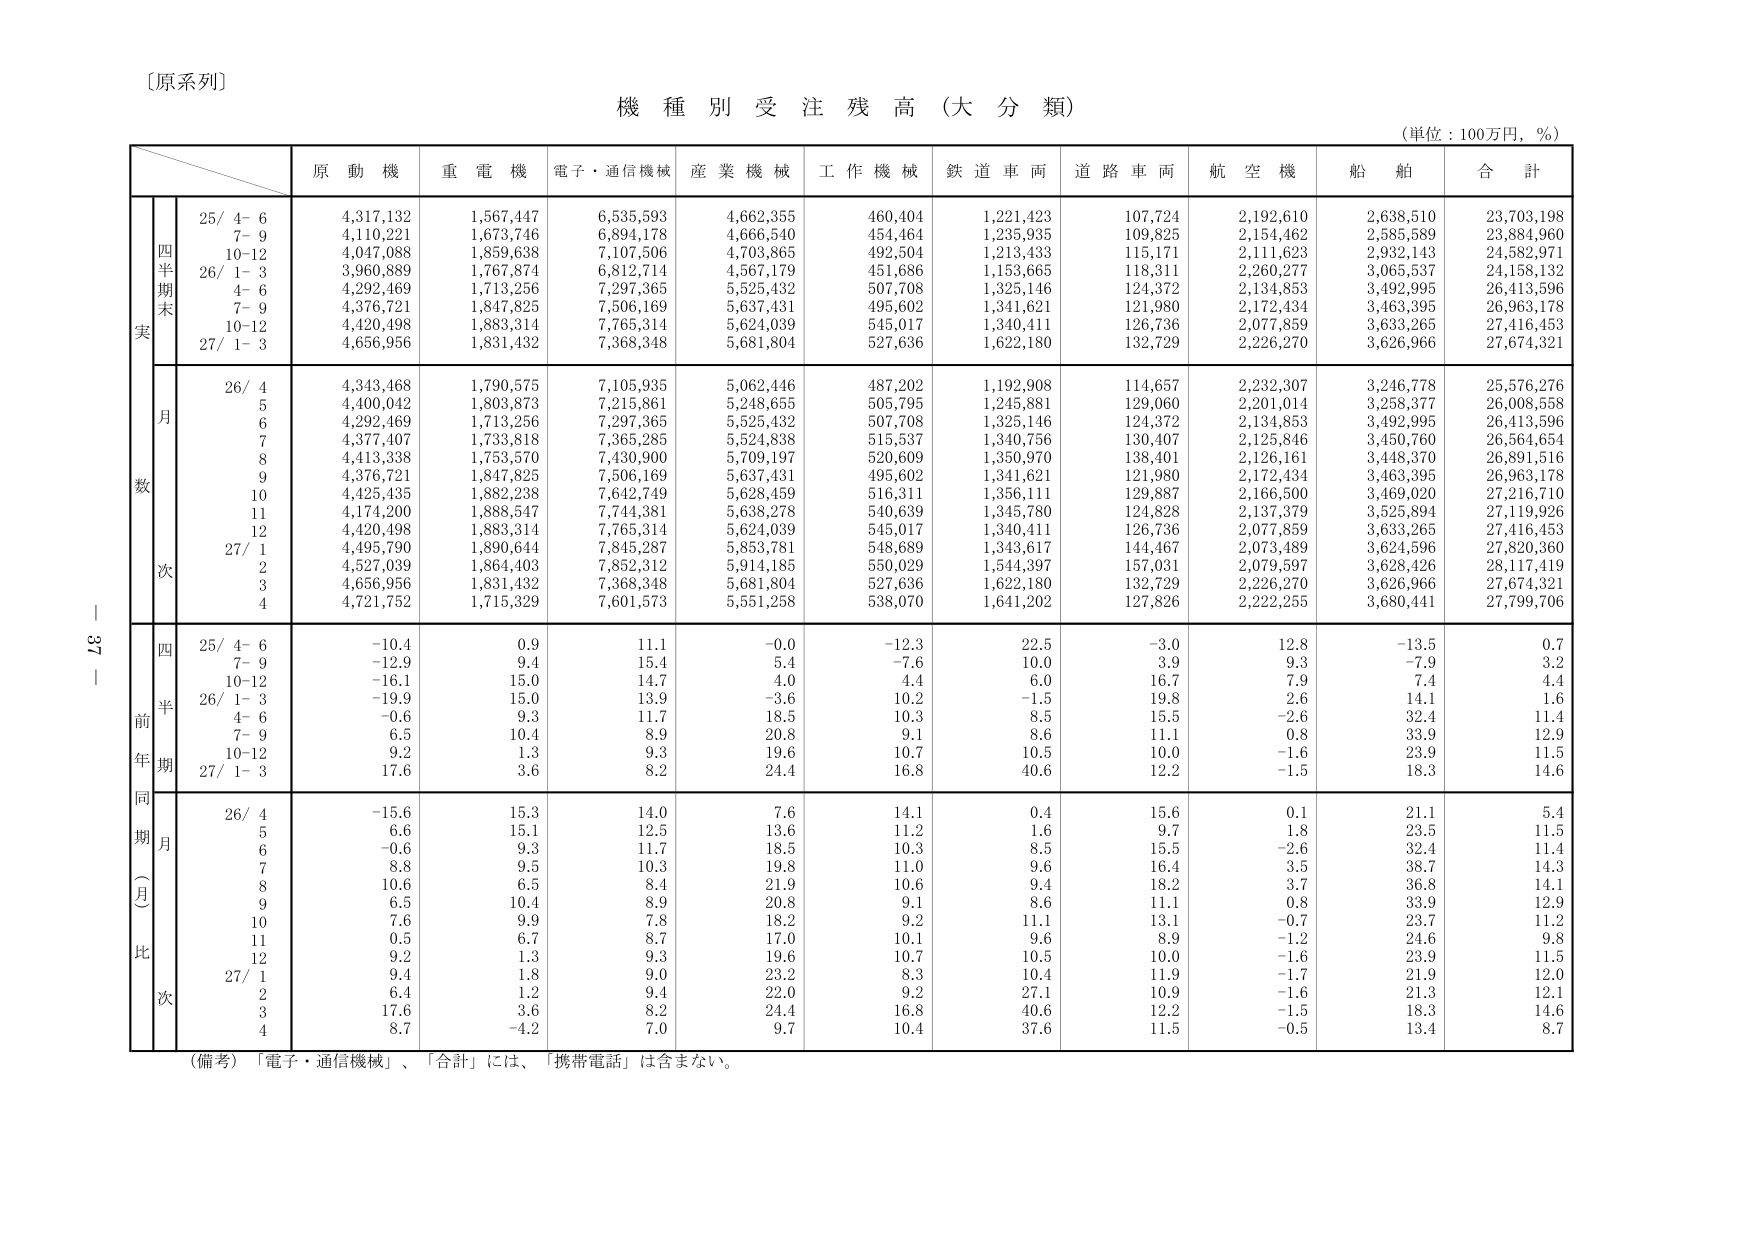
〔原系列〕

機種別受注残高（大分類）

（単位：100万円，％）

　　　　　　　　　原動機　　重電機　　電子・通信機械　　産業機械　　工作機械　　鉄道車両　　道路車両　　航空機　　船舶　　合計

　　　　　　　　　　25/ 4- 6　　4,317,132　　1,567,447　　6,535,593　　4,662,355　　460,404　　1,221,423　　107,724　　2,192,610　　2,638,510　　23,703,198
　　　　　　　　　　7- 9　　　　4,110,221　　1,673,746　　6,894,178　　4,666,540　　454,464　　1,235,935　　109,825　　2,154,462　　2,585,589　　23,884,960
　　　　　　　　　　10-12　　　4,047,088　　1,859,638　　7,107,506　　4,703,865　　492,504　　1,213,433　　115,171　　2,111,623　　2,932,143　　24,582,971
　　　　　　　　　　26/ 1- 3　　3,960,889　　1,767,874　　6,812,714　　4,567,179　　451,686　　1,153,665　　118,311　　2,260,277　　3,065,537　　24,158,132
　　　　　　　　　　4- 6　　　　4,292,469　　1,713,256　　7,297,365　　5,525,432　　507,708　　1,325,146　　124,372　　2,134,853　　3,492,995　　26,413,596
　　　　　　　　　　7- 9　　　　4,376,721　　1,847,825　　7,506,169　　5,637,431　　495,602　　1,341,621　　121,980　　2,172,434　　3,463,395　　26,963,178
　　　　　　　　　　10-12　　　4,420,498　　1,883,314　　7,765,314　　5,624,039　　545,017　　1,340,411　　126,736　　2,077,859　　3,633,265　　27,416,453
　　　　　　　　　　27/ 1- 3　　4,656,956　　1,831,432　　7,368,348　　5,681,804　　527,636　　1,622,180　　132,729　　2,226,270　　3,626,966　　27,674,321

　　　　　　　　　　26/ 4　　　　4,343,468　　1,790,575　　7,105,935　　5,062,446　　487,202　　1,192,908　　114,657　　2,232,307　　3,246,778　　25,576,276
　　　　　　　　　　5　　　　　　4,400,042　　1,803,873　　7,215,861　　5,248,655　　505,795　　1,245,881　　129,060　　2,201,014　　3,258,377　　26,008,558
　　　　　　　　　　6　　　　　　4,292,469　　1,713,256　　7,297,365　　5,525,432　　507,708　　1,325,146　　124,372　　2,134,853　　3,492,995　　26,413,596
　　　　　　　　　　7　　　　　　4,377,407　　1,733,818　　7,365,285　　5,524,838　　515,537　　1,340,756　　130,407　　2,125,846　　3,450,760　　26,564,654
　　　　　　　　　　8　　　　　　4,413,338　　1,753,570　　7,430,900　　5,709,197　　520,609　　1,350,970　　138,401　　2,126,161　　3,448,370　　26,891,516
　　　　　　　　　　9　　　　　　4,376,721　　1,847,825　　7,506,169　　5,637,431　　495,602　　1,341,621　　121,980　　2,172,434　　3,463,395　　26,963,178
　　　　　　　　　　10　　　　　4,425,435　　1,882,238　　7,642,749　　5,628,459　　516,311　　1,356,111　　129,887　　2,166,500　　3,469,020　　27,216,710
　　　　　　　　　　11　　　　　4,174,200　　1,888,547　　7,744,381　　5,638,278　　540,639　　1,345,780　　124,828　　2,137,379　　3,525,894　　27,119,926
　　　　　　　　　　12　　　　　4,420,498　　1,883,314　　7,765,314　　5,624,039　　545,017　　1,340,411　　126,736　　2,077,859　　3,633,265　　27,416,453
　　　　　　　　　　27/ 1　　　　4,495,790　　1,890,644　　7,845,287　　5,853,781　　548,689　　1,343,617　　144,467　　2,073,489　　3,624,596　　27,820,360
　　　　　　　　　　2　　　　　　4,527,039　　1,864,403　　7,852,312　　5,914,185　　550,029　　1,544,397　　157,031　　2,079,597　　3,628,426　　28,117,419
　　　　　　　　　　3　　　　　　4,656,956　　1,831,432　　7,368,348　　5,681,804　　527,636　　1,622,180　　132,729　　2,226,270　　3,626,966　　27,674,321
　　　　　　　　　　4　　　　　　4,721,752　　1,715,329　　7,601,573　　5,551,258　　538,070　　1,641,202　　127,826　　2,222,255　　3,680,441　　27,799,706

　　　　　　　　　　25/ 4- 6　　-10.4　　　　0.9　　　　11.1　　　　-0.0　　　　-12.3　　　　22.5　　　　-3.0　　　　12.8　　　　-13.5　　　　0.7
　　　　　　　　　　7- 9　　　　-12.9　　　　9.4　　　　15.4　　　　5.4　　　　-7.6　　　　10.0　　　　3.9　　　　9.3　　　　-7.9　　　　3.2
　　　　　　　　　　10-12　　　-16.1　　　　15.0　　　　14.7　　　　4.0　　　　4.4　　　　6.0　　　　16.7　　　　7.9　　　　7.4　　　　4.4
　　　　　　　　　　26/ 1- 3　　-19.9　　　　15.0　　　　13.9　　　　-3.6　　　　10.2　　　　-1.5　　　　19.8　　　　2.6　　　　14.1　　　　1.6
　　　　　　　　　　4- 6　　　　-0.6　　　　9.3　　　　11.7　　　　18.5　　　　10.3　　　　8.5　　　　15.5　　　　-2.6　　　　32.4　　　　11.4
　　　　　　　　　　7- 9　　　　6.5　　　　10.4　　　　8.9　　　　20.8　　　　9.1　　　　8.6　　　　11.1　　　　0.8　　　　33.9　　　　12.9
　　　　　　　　　　10-12　　　9.2　　　　1.3　　　　9.3　　　　19.6　　　　10.7　　　　10.5　　　　10.0　　　　-1.6　　　　23.9　　　　11.5
　　　　　　　　　　27/ 1- 3　　17.6　　　　3.6　　　　8.2　　　　24.4　　　　16.8　　　　40.6　　　　12.2　　　　-1.5　　　　18.3　　　　14.6

　　　　　　　　　　26/ 4　　　　-15.6　　　　15.3　　　　14.0　　　　7.6　　　　14.1　　　　0.4　　　　15.6　　　　0.1　　　　21.1　　　　5.4
　　　　　　　　　　5　　　　　　6.6　　　　15.1　　　　12.5　　　　13.6　　　　11.2　　　　1.6　　　　9.7　　　　1.8　　　　23.5　　　　11.5
　　　　　　　　　　6　　　　　　-0.6　　　　9.3　　　　11.7　　　　18.5　　　　10.3　　　　8.5　　　　15.5　　　　-2.6　　　　32.4　　　　11.4
　　　　　　　　　　7　　　　　　8.8　　　　9.5　　　　10.3　　　　19.8　　　　11.0　　　　9.6　　　　16.4　　　　3.5　　　　38.7　　　　14.3
　　　　　　　　　　8　　　　　　10.6　　　　6.5　　　　8.4　　　　21.9　　　　10.6　　　　9.4　　　　18.2　　　　3.7　　　　36.8　　　　14.1
　　　　　　　　　　9　　　　　　6.5　　　　10.4　　　　8.9　　　　20.8　　　　9.1　　　　8.6　　　　11.1　　　　0.8　　　　33.9　　　　12.9
　　　　　　　　　　10　　　　　7.6　　　　9.9　　　　7.8　　　　18.2　　　　9.2　　　　11.1　　　　13.1　　　　-0.7　　　　23.7　　　　11.2
　　　　　　　　　　11　　　　　0.5　　　　6.7　　　　8.7　　　　17.0　　　　10.1　　　　9.6　　　　8.9　　　　-1.2　　　　24.6　　　　9.8
　　　　　　　　　　12　　　　　9.2　　　　1.3　　　　9.3　　　　19.6　　　　10.7　　　　10.5　　　　10.0　　　　-1.6　　　　23.9　　　　11.5
　　　　　　　　　　27/ 1　　　　9.4　　　　1.8　　　　9.0　　　　23.2　　　　8.3　　　　10.4　　　　11.9　　　　-1.7　　　　21.9　　　　12.0
　　　　　　　　　　2　　　　　　6.4　　　　1.2　　　　9.4　　　　22.0　　　　9.2　　　　27.1　　　　10.9　　　　-1.6　　　　21.3　　　　12.1
　　　　　　　　　　3　　　　　　17.6　　　　3.6　　　　8.2　　　　24.4　　　　16.8　　　　40.6　　　　12.2　　　　-1.5　　　　18.3　　　　14.6
　　　　　　　　　　4　　　　　　8.7　　　　-4.2　　　　7.0　　　　9.7　　　　10.4　　　　37.6　　　　11.5　　　　-0.5　　　　13.4　　　　8.7

（備考）「電子・通信機械」、「合計」には、「携帯電話」は含まない。

37